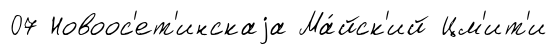
07 Новоос'ет'инскаjа Ма́йск'ий Цм'ит'и